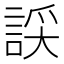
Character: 𧨞